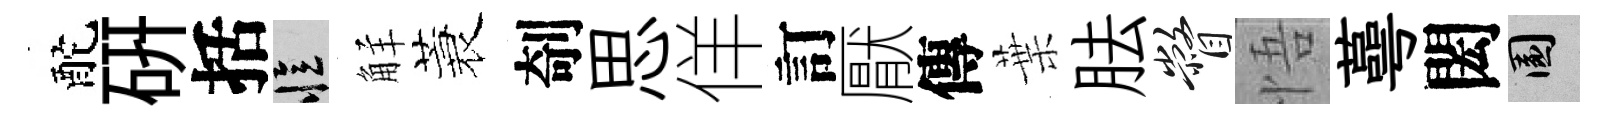
酡研括忆觧蓑剞思佯訂厭傳葉胠瞥悟蕚閎園